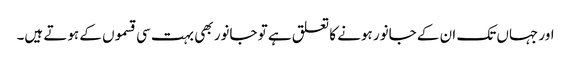
اور جہاں تک ان کے جانور ہونے کا تعلق ہے تو جانور بھی بہت سی قسموں کے ہوتے ہیں۔